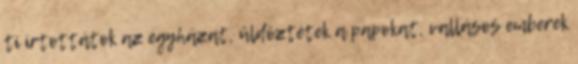
ti irtottátok az egyházat, üldöztétek a papokat, vallásos emberek